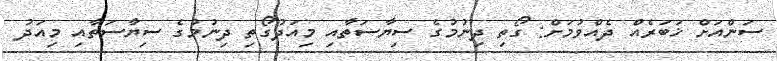
ސަންއަށް ޚަބަރެއް ދެއްވުމަށް: ގޯތި ދިނުމުގެ ސިޔާސަތާއި މިއަދުގޯތި ދިނުމުގެ ސިޔާސަތާއި މިއަދު